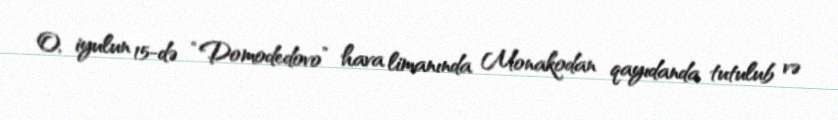
O, iyulun 15-də “Domodedovo” hava limanında Monakodan qayıdanda tutulub və